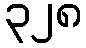
၃၂၈